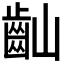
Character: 𪗘